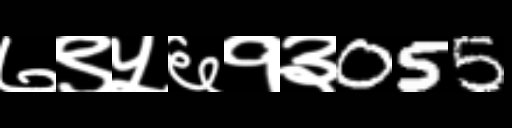
Text: ७९५६१३055